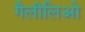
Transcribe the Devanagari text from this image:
गैलीलिओ